Report on vaccination in the Province of Bengal - 1869-1873
Year: 1869
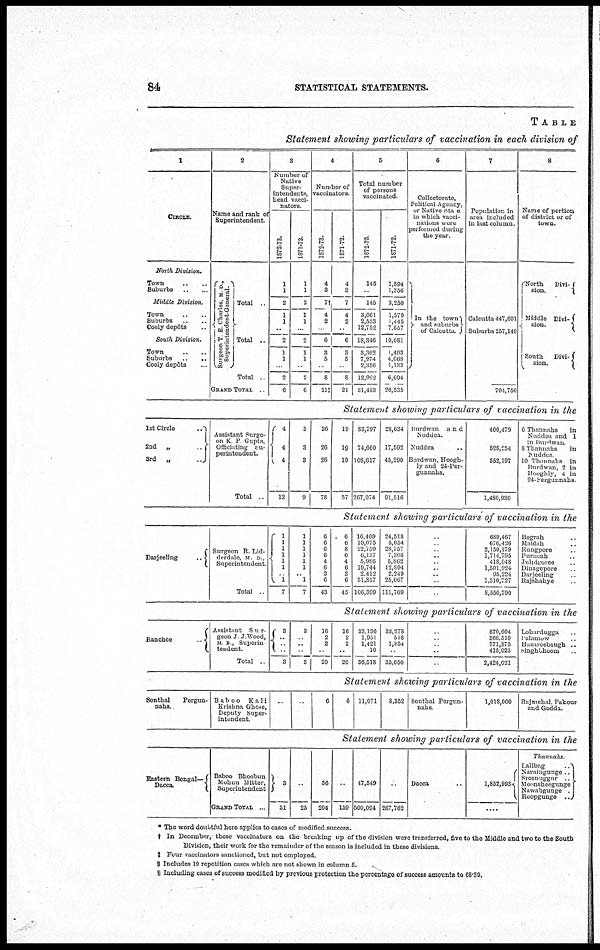
84
STATISTICAL STATEMENTS.
TABLE
Statement showing particulars of vaccination in each division of
1
CIRCLE.
North
Division.
Town .. ..
Suburbs .. ..
Middle
Division.
Town .. ..
Suburbs .. ..
Cooly deoôts ..
South
Division.
Town .. ..
Suburbs
..
..
Cooly depôts ...
2
Name and rank of
Superintendent.
Surgeon T E Charles, M D ,
Superintendent-General.
Total ..
Total ..
Total ..
GRAND TOTAL
..
3
Number of
Native
Super-
intendents,
head vacci-
nators
1872-73.
1
1
2
1
1
..
2
1
1
..
2
6
1871-72
1
1
2
1
1
..
2
1
1
..
2
6
4
Number of
vaccinators
1872-73.
4
3
7†
4
2
..
6
3
5
..
8
21‡
1871-72.
4
3
7
4
2
..
6
3
5
..
8
21
5
Total number
of persons
vaccinated
1872-73
145
..
145
3,061
2,533
12,752
18,346
3,362
7,274
2,356
12,992
31,483
1871-72.
1,894
1,356
3,250
1,579
1,445
7,657
10,681
1,403
4.068
1,133
6,604
20,535
6
Collectorate,
Political Agency,
or Native .State
in which vacci-
nations were
performed during
the year.
In the town
and suburbs
of Calcutta.
7
Population in
area included
in last column.
Calcutta 447,601
Suburbs 257,149
704,750
8
Name of portion
of district or of
town.
North
Divi-
sion.
Middle Divi-
sion.
South
Divi-
sion.
Statement showing particulars of vaccination in the
1st Circle
..
2nd „
..
3rd „
..
Assistant Surge-
on K P Gupta,
Officiating Su-
perintendent.
Total ..
4
4
4
12
3
3
3
9
26
26
26
78
19
19
19
57
83,797
74,660
108,617
267,074
28,634
17,592
45,290
91,516
Burdwan
and
Nuddea.
Nuddea ..
Burdwan, Hoogh-
ly and 24-Per-
gunnahs.
400,479
528,254
552,197
1,480,930
6 Thannahs
in
Nuddea and 1
in Burdwan
8 Thannahs
in
Nuddea
10 Thannahs in
Burdwan, 2 in
Hooghly, 4 in
24-Pergunnahs.
Statement showing particulars of vaccination in the
Darjeeling
..
Surgeon R Lid-
derdale, M. D ,
Superintendent
Total ..
1
1
1
1
1
1
1 1
7
1
1
1
1
1
1
.. 1
7
6
6
6
6
4
6
3
6
43
6
6
8
6
4
6
3
6
45
16,469
10,075
22,759
6,137
5,986
10,744
2,412
31,817
106,399
24,518
5,054
28,757
7,308
5,862
12,894
2,249
25,067
111,709
..
..
..
..
..
..
..
..
..
689,467
676,426
2,150,179
1,714,795
418,048
1,501,924
95,224
1,310,727
8,550,790
Bograh ..
Maldah ..
Rungpore ..
Purncah ..
Julpigoree ..
Dinagepore ..
Darjeeling ..
Rajshahye ..
Statement showing particulars of vaccination in the
Ranchee
..
Assistant Sur-
geon J J Wood,
M B , Superin
tendent.
Total ..
3
..
..
..
3
3
..
..
..
3
16
2
2
..
20
16
2
2
..
20
33,136
1,951
1,421
10
36,518
33,278
518
1,854
..
35,650
..
..
..
..
..
870,604
366,519
771,875
415,023
2,424,021
Lohardugga ..
Lalamow ..
Hazateebaugh ..
Singhbhoom..
Statement showing particulars of vaccination in the
Sonthal
Pergun-
nahs.
Baboo
Kali
Krishna Ghose,
Deputy Super-
intendent
..
..
6
6 11,071
8,352 Sonthal Pergun-
nahs
1,018,000
Rajmehal, Pakour
and Godda.
Statement showing particulars of vaccination in the
Eastern Bengal—
Dacca.
Baboo Bhoobun
Mohun Mitter,
Superintendent
GRAND TOTAL ..
3
31
..
25
36
204
..
159
47,549
500,094
..
267,762
Dacca ..
1,852,993
....
Thannahs.
Lallbag
..
Naramgunge
..
Sreenuggur
..
Moonsheegunge
Nuwabgunge
..
Roopgunge
..
* The word doubtful here applies to cases of modified success.
† In December, these vaccinators on the breaking up of the division were transferred, five to the Middle and two to the South
Division, their work for theremainder of the season is included in theso divisions.
‡ Four vaccinators sanctioned, but not employed
§ Includes 19 repetition cases which are not shown in column 5.
|| Including cases of success modified by previous protection the percentage of success amounts to 68.39.